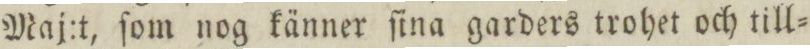
Maj:t, ſom nog känner ſina garders trohet och till=